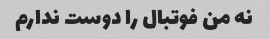
نه من فوتبال را دوست ندارم